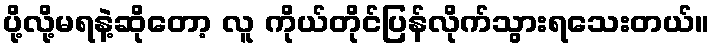
ပို့လို့မရနဲ့ဆိုတော့ လူ ကိုယ်တိုင်ပြန်လိုက်သွားရသေးတယ်။